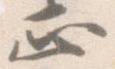
正